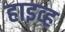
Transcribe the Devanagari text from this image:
हाइव्ह